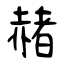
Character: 赭